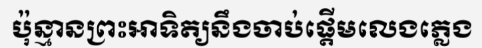
ប៉ុន្មានព្រះអាទិត្យនឹងចាប់ផ្តើមលេងភ្លេង